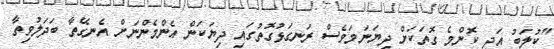
"ކުލަބު އަދި ކޮންމެ ގޮތަކަށް ދިޔަނަމަވެސް ރަނގަޅުގޮތުގައި ދިޔަކަން އެންމެންނަށް އެނގޭތާ ބަދަލުވިތާ